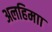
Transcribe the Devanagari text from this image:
अलहिमाा